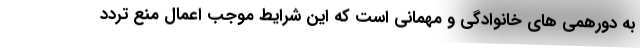
به دورهمی های خانوادگی و مهمانی است که این شرایط موجب اعمال منع تردد